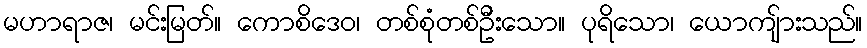
မဟာရာဇ၊ မင်းမြတ်။ ကောစိဒေဝ၊ တစ်စုံတစ်ဦးသော။ ပုရိသော၊ ယောကျ်ားသည်။